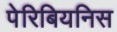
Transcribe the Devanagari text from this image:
पेरिबियनिस